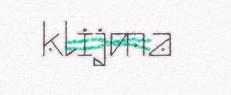
klijma